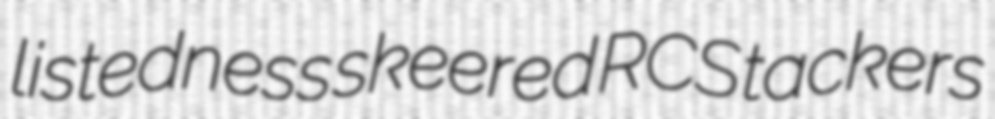
listedness skeered RCS tackers